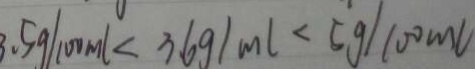
3 . 5 g / 1 0 0 m l < 3 . 6 g / m l < 5 g / 1 0 0 m l